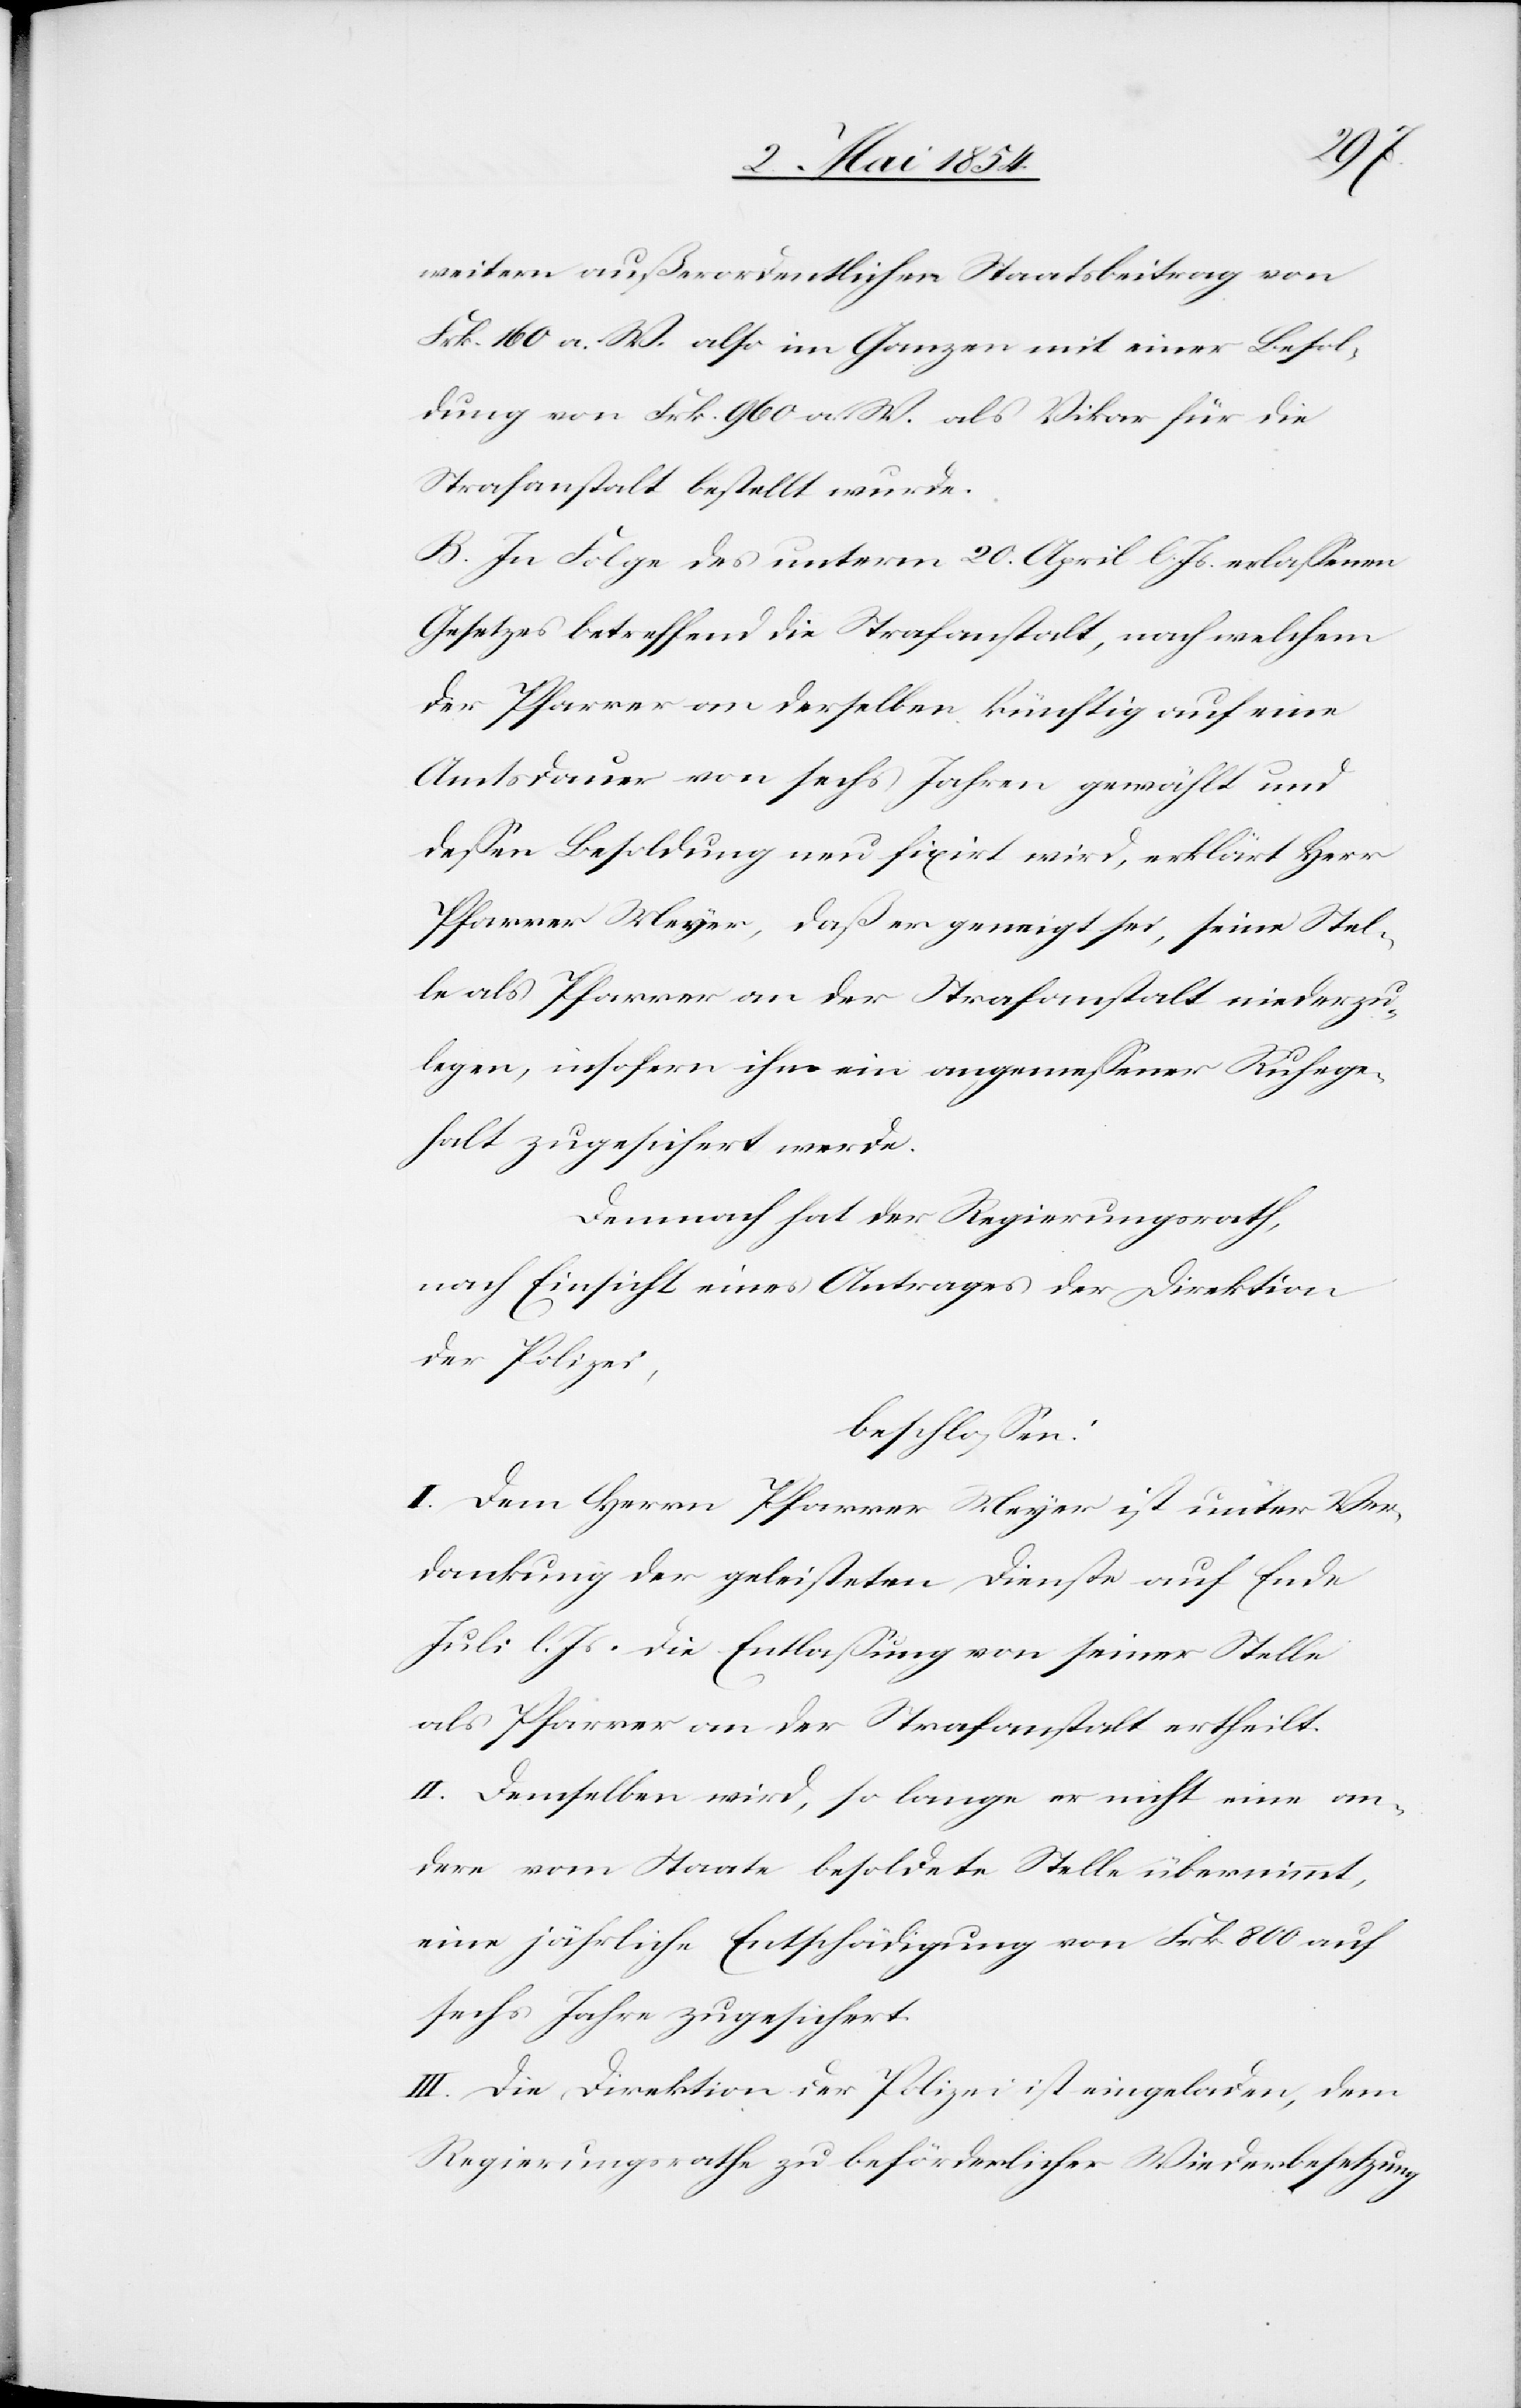
weitern außerordentlichen Staatsbeitrag von
Frk. 160 a. W. also im Ganzen mit einer Besol¬
dung von Frk. 960 a. W. als Vikar für die
Strafanstalt bestellt wurde.
B. In Folge des unterm 20. April l. Js. erlaßenen
Gesetzes betreffend die Strafanstalt, nach welchem
der Pfarrer an derselben künftig auf eine
Amtsdauer von sechs Jahren gewählt und
deßen Besoldung nun fixirt wird, erklärt Herr
Pfarrer Meyer, daß er geneigt sei, seine Stel¬
le als Pfarrer an der Strafanstalt niederzu¬
legen, insofern ihm ein angemeßener Ruhege¬
halt zugesichert werde.
Demnach hat der Regierungsrath
nach Einsicht eines Antrages der Direktion
der Polizei,
beschloßen:
I. Dem Herrn Pfarrer Meyer ist unter Ver¬
dankung der geleisteten Dienste auf Ende
Juli l. Js. die Entlaßung von seiner Stelle
als Pfarrer an der Strafanstalt ertheilt.
II. Demselben wird, so lange er nicht eine an¬
dere vom Staate besoldete Stelle übernimmt,
eine jährliche Entschädigung von Frk. 800 auf
sechs Jahre zugesichert.
III. Die Direktion der Polizei ist eingeladen, dem
Regierungsrathe zu beförderlicher Wiederbesetzung